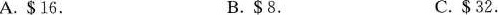
A. $16. B.$8. C.$32.